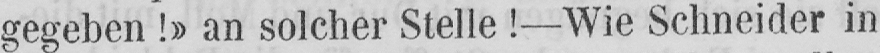
gegeben!» an solcher Stelle! - Wie Schneider in